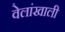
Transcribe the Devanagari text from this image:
वेलांखाली